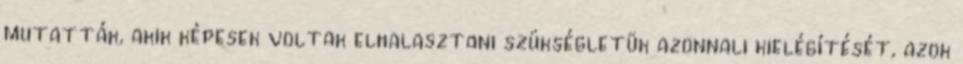
mutatták, akik képesek voltak elhalasztani szükségletük azonnali kielégítését, azok